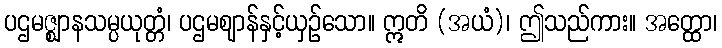
ပဌမဇ္ဈာနသမ္ပယုတ္တံ၊ ပဌမဈာန်နှင့်ယှဉ်သော။ ဣတိ (အယံ)၊ ဤသည်ကား။ အတ္ထော၊